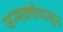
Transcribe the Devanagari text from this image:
जन्मवर्षापासून